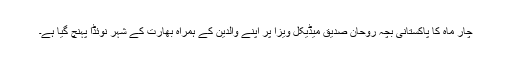
چار ماہ کا پاکستانی بچہ روحان صدیق میڈیکل ویزا پر اپنے والدین کے ہمراہ بھارت کے شہر نوئڈا پہنچ گیا ہے۔